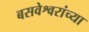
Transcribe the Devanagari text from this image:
बसवेश्वरांच्या